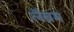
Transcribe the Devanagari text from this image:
लैब्रम